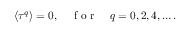
\langle \tau ^ { q } \rangle = 0 , \quad \mathrm { ~ f ~ o ~ r ~ } \quad q = 0 , 2 , 4 , \ldots .